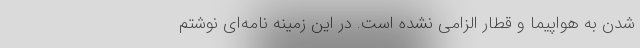
شدن به هواپیما و قطار الزامی نشده است. در این زمینه نامه‌ای نوشتم